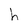
Character: h